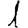
Digit: 1